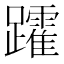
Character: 𮜩